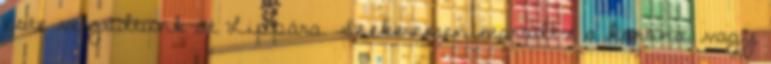
este vergődtünk át Lippára. Szekeremen maradt-e a korona, vagy